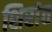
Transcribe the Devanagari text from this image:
शिरांत